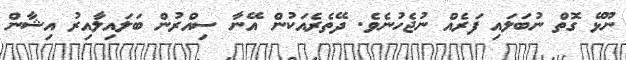
ނޫޅޭ ގޮތް ނުބަލައި ފަރެއް ނުޖެހުނެވެ. ދޭތެރެއަކުން އޭނާ ސިއްރުން ބަލައިލާއިރު އިޝާން